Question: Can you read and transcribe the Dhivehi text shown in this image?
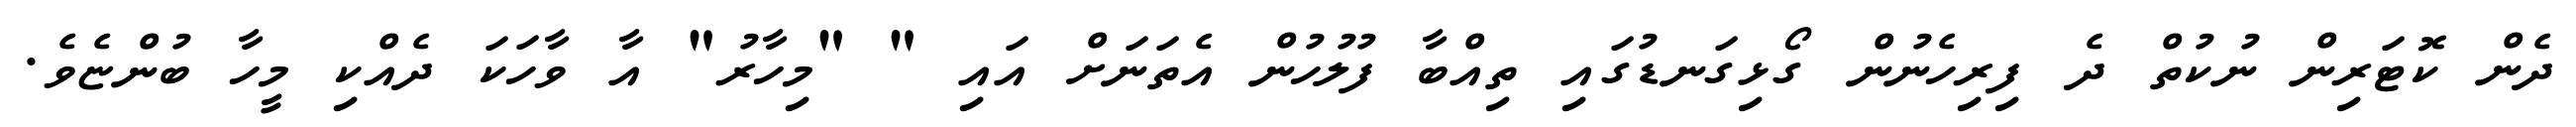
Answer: ދެން ކޮޓަރިން ނުކުތް ދެ ފިރިހެނުން ގޯޅިގަނޑުގައި ތިއްބާ ފުލުހުން އެތަނަށް އައި " "މިހާރު" އާ ވާހަކަ ދެއްކި މީހާ ބުންޏެވެ.